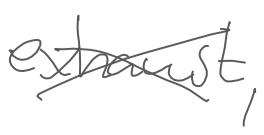
Text: exhaust,
Cross-out: cross
Writing tool: digital_gray